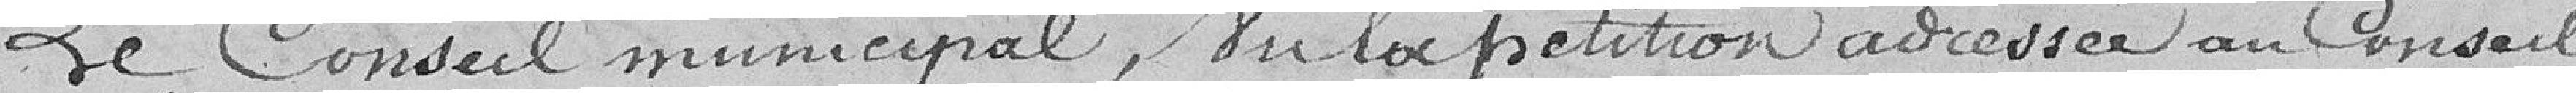
Le Conseil municipal, vu la pétition adressée au Conseil